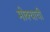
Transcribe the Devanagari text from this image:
मोक्याची